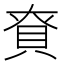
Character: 𮙺